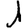
Digit: 1